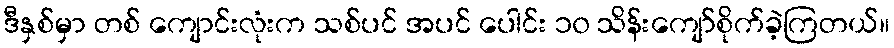
ဒီနှစ်မှာ တစ် ကျောင်းလုံးက သစ်ပင် အပင် ပေါင်း ၁၀ သိန်းကျော်စိုက်ခဲ့ကြတယ်။